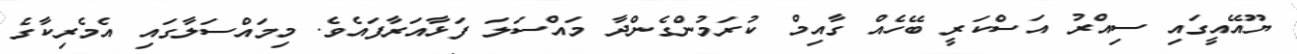
ޔޫއޭއީގައި ސިއްރު އަސްކަރީ ބޭހެއް ގާއިމް ކުރަމުންގެންދާ މައްސަލަ ފަޅާއަރާފައެވެ. މިމައްސަލާގައި އެމެރިކާގެ